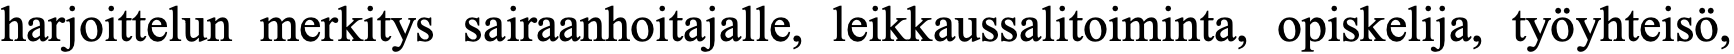
harjoittelun merkitys sairaanhoitajalle, leikkaussalitoiminta, opiskelija, työyhteisö,